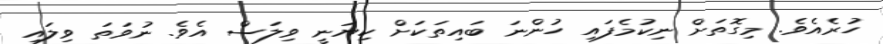
ހުރެއެވެ. މިގޮތަށް ނިކުމެފައި ހުންނަ ބައިތަކަށް ކިޔަނީ ވިލަސް އެވެ. ނުވަތަ ވިލައި